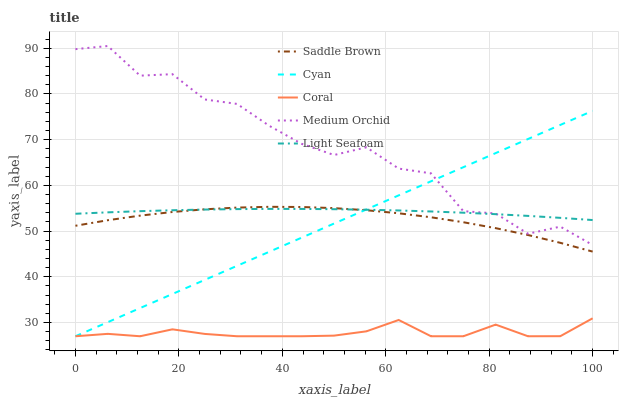
| xaxis_label | Saddle Brown | Cyan | Coral | Medium Orchid | Light Seafoam |
 | --- | --- | --- | --- | --- | --- |
 | 0 | 51.2 | 27 | 27 | 89.8 | 53.8 |
 | 6.25 | 52.4 | 30.1 | 27.5 | 90.5 | 54.1 |
 | 12.5 | 53.4 | 33.2 | 27 | 84 | 54.4 |
 | 18.8 | 54.2 | 36.2 | 28.5 | 84.3 | 54.6 |
 | 25 | 54.8 | 39.3 | 27.5 | 78.8 | 54.7 |
 | 31.2 | 55.1 | 42.4 | 27 | 77.8 | 54.8 |
 | 37.5 | 55.3 | 45.5 | 27 | 73 | 54.9 |
 | 43.8 | 55.3 | 48.6 | 27 | 69.1 | 54.8 |
 | 50 | 55 | 51.7 | 27.1 | 66.6 | 54.8 |
 | 56.2 | 54.6 | 54.7 | 28.1 | 68.3 | 54.7 |
 | 62.5 | 53.9 | 57.8 | 30.6 | 63.7 | 54.5 |
 | 68.8 | 53 | 60.9 | 27 | 62.6 | 54.3 |
 | 75 | 51.9 | 64 | 27 | 54.4 | 54 |
 | 81.2 | 50.6 | 67.1 | 29.5 | 53.9 | 53.7 |
 | 87.5 | 49.1 | 70.1 | 27 | 49.4 | 53.3 |
 | 93.8 | 47.4 | 73.2 | 27 | 51 | 52.9 |
 | 100 | 45.5 | 76.3 | 30.9 | 47 | 52.4 |